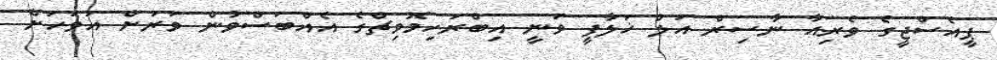
ޕީއެސްޖީގެ ވެރިއާ ނާސިރް އަލް ޚަލާފީ ވަނީ އިބްރަހިމޮވިޗްގެ އެއްބަސްވުން ވަރަށް އަވަހަށް